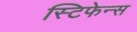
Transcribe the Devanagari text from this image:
स्टिफेन्स